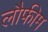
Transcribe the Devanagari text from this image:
लौफीम